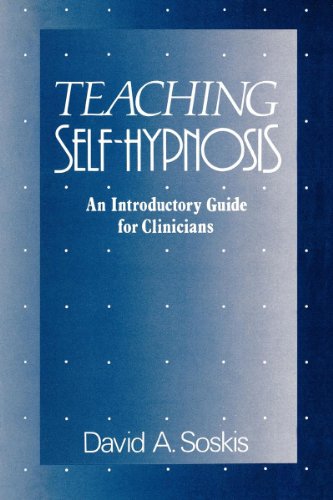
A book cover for Teaching Self-Hypnosis: An Introductory Guide for Clinicians; David A. Soskis; Health, Fitness & Dieting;